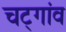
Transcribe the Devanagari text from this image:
चट्गांव